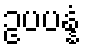
ဥပပန္နံ